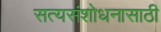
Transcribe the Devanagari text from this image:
सत्यसंशोधनासाठी